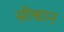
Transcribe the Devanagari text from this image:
सीश्वान